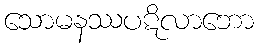
သောမနဿပဋိလာဘော